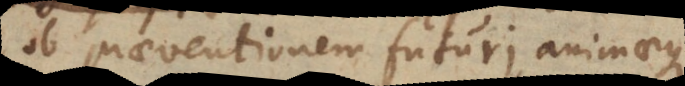
ob praeventionem futuri, animaeque